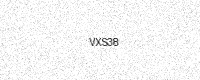
Text: VXS38